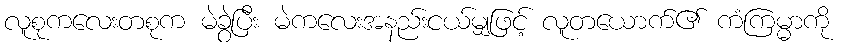
လူစုကလေးတစုက မဲခွဲပြီး မဲကလေးအနည်းငယ်မျှဖြင့် လူတယောက်၏ ကံကြမ္မာကို